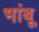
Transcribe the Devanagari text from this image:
भांबू